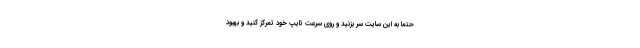
حتماً به این سایت سر بزنید و روی سرعت تایپ خود تمرکز کنید و بهبود